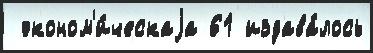
 эконом'и́ческаjа 61 издава́лось